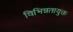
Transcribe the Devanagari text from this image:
विभिन्नतायुक्त